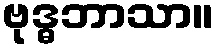
ဗုဒ္ဓဘာသာ။